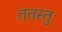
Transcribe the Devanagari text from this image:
ततस्तुः